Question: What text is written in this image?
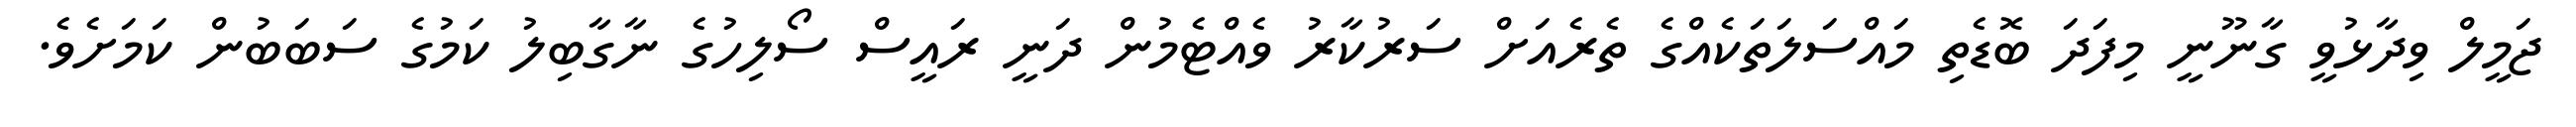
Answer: ޖަމީލް ވިދާޅުވީ ގާނޫނީ މިފަދަ ބޮޑެތި މައްސަލަތަކެއްގެ ތެރެއަށް ސަރުކާރު ވެއްޓެމުން ދަނީ ރައީސް ސޯލިހުގެ ނާގާބިލު ކަމުގެ ސަބަބުން ކަމަށެވެ.